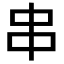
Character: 串